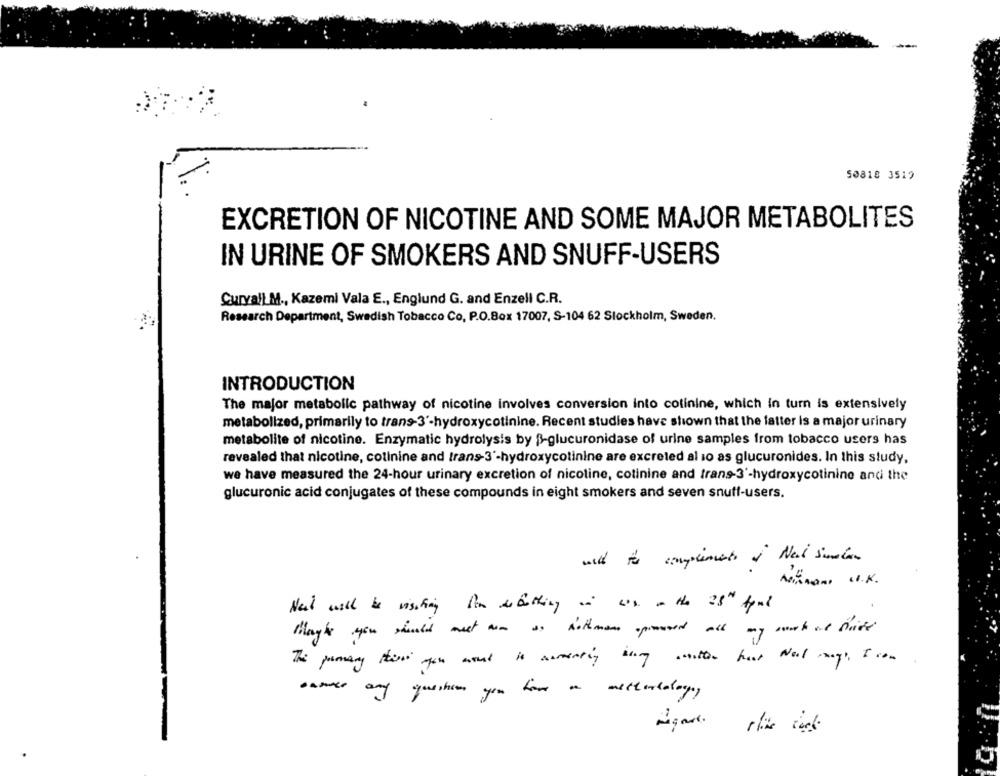
50818 3519
EXCRETION OF NICOTINE AND SOME MAJOR METABOLITES
IN URINE OF SMOKERS AND SNUFF-USERS
Curvall M ., Kazemi Vala E ., Englund G. and Enzell C.R.
Research Department, Swedish Tobacco Co, P.O.Box 17007, S-104 62 Stockholm, Sweden.
INTRODUCTION
The major metabolic pathway of nicotine involves conversion into colinine, which in turn is extensively
metabolized, primarily to trans-3'-hydroxycotinine. Recent studies have shown that the latter is a major urinary
metabolite of nicotine. Enzymatic hydrolysis by $-glucuronidase of urine samples from tobacco users has
revealed that nicotine, cotinine and trans-3'-hydroxycolinine are excreted al so as glucuronides. In this study.
we have measured the 24-hour urinary excretion of nicoline, cotinine and trans-3'-hydroxycotinine and the
glucuronic acid conjugates of these compounds in eight smokers and seven snuff-users.
wild to complemento of Next sumien
AKnon U.K.
Next will be visiting fim debirthing in was a the 35" tynd
Maghe you should mest non so Rothman opressed all my sort of fish
The primary this pin wont is nereating buy another har Well ways , I con
essence any questions you have a metterlology,